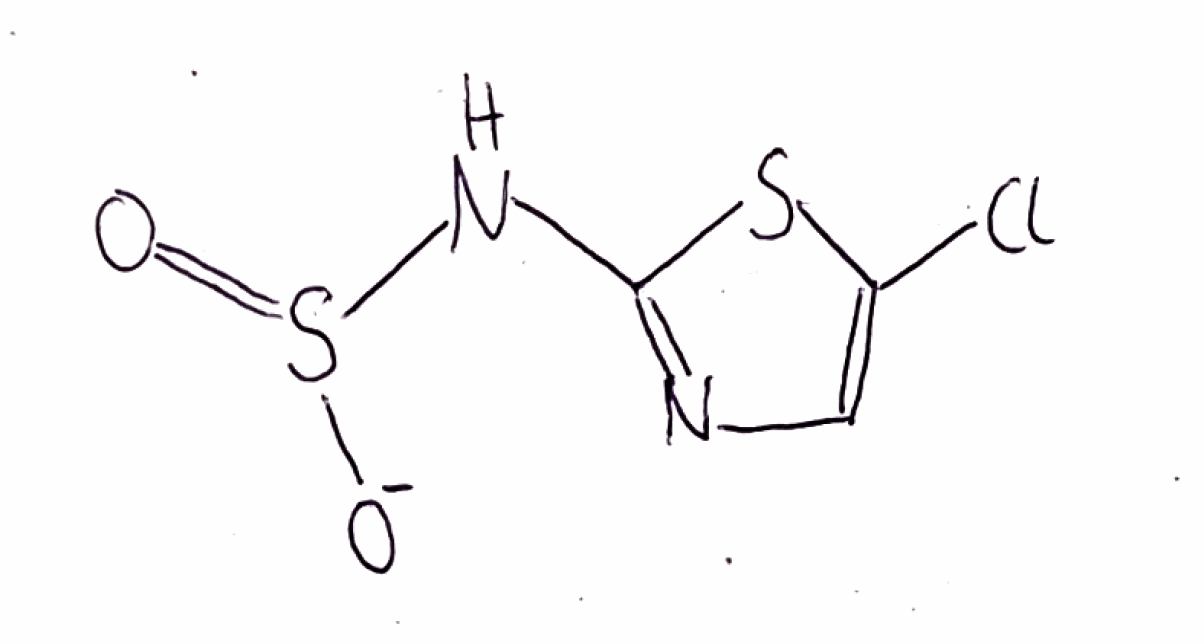
Simplified molecular-input line-entry system (SMILES) notation of the given molecule:
C1=C(SC(=N1)NS(=O)[O-])Cl